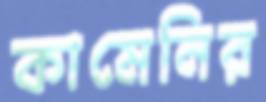
কামেনির